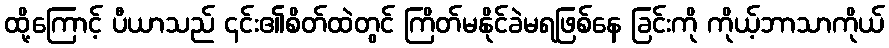
ထို့ကြောင့် ပီယာသည် ၎င်း၏စိတ်ထဲတွင် ကြိတ်မနိုင်ခဲမရဖြစ်နေ ခြင်းကို ကိုယ့်ဘာသာကိုယ်